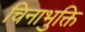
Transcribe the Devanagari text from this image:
चिनाभुक्ति